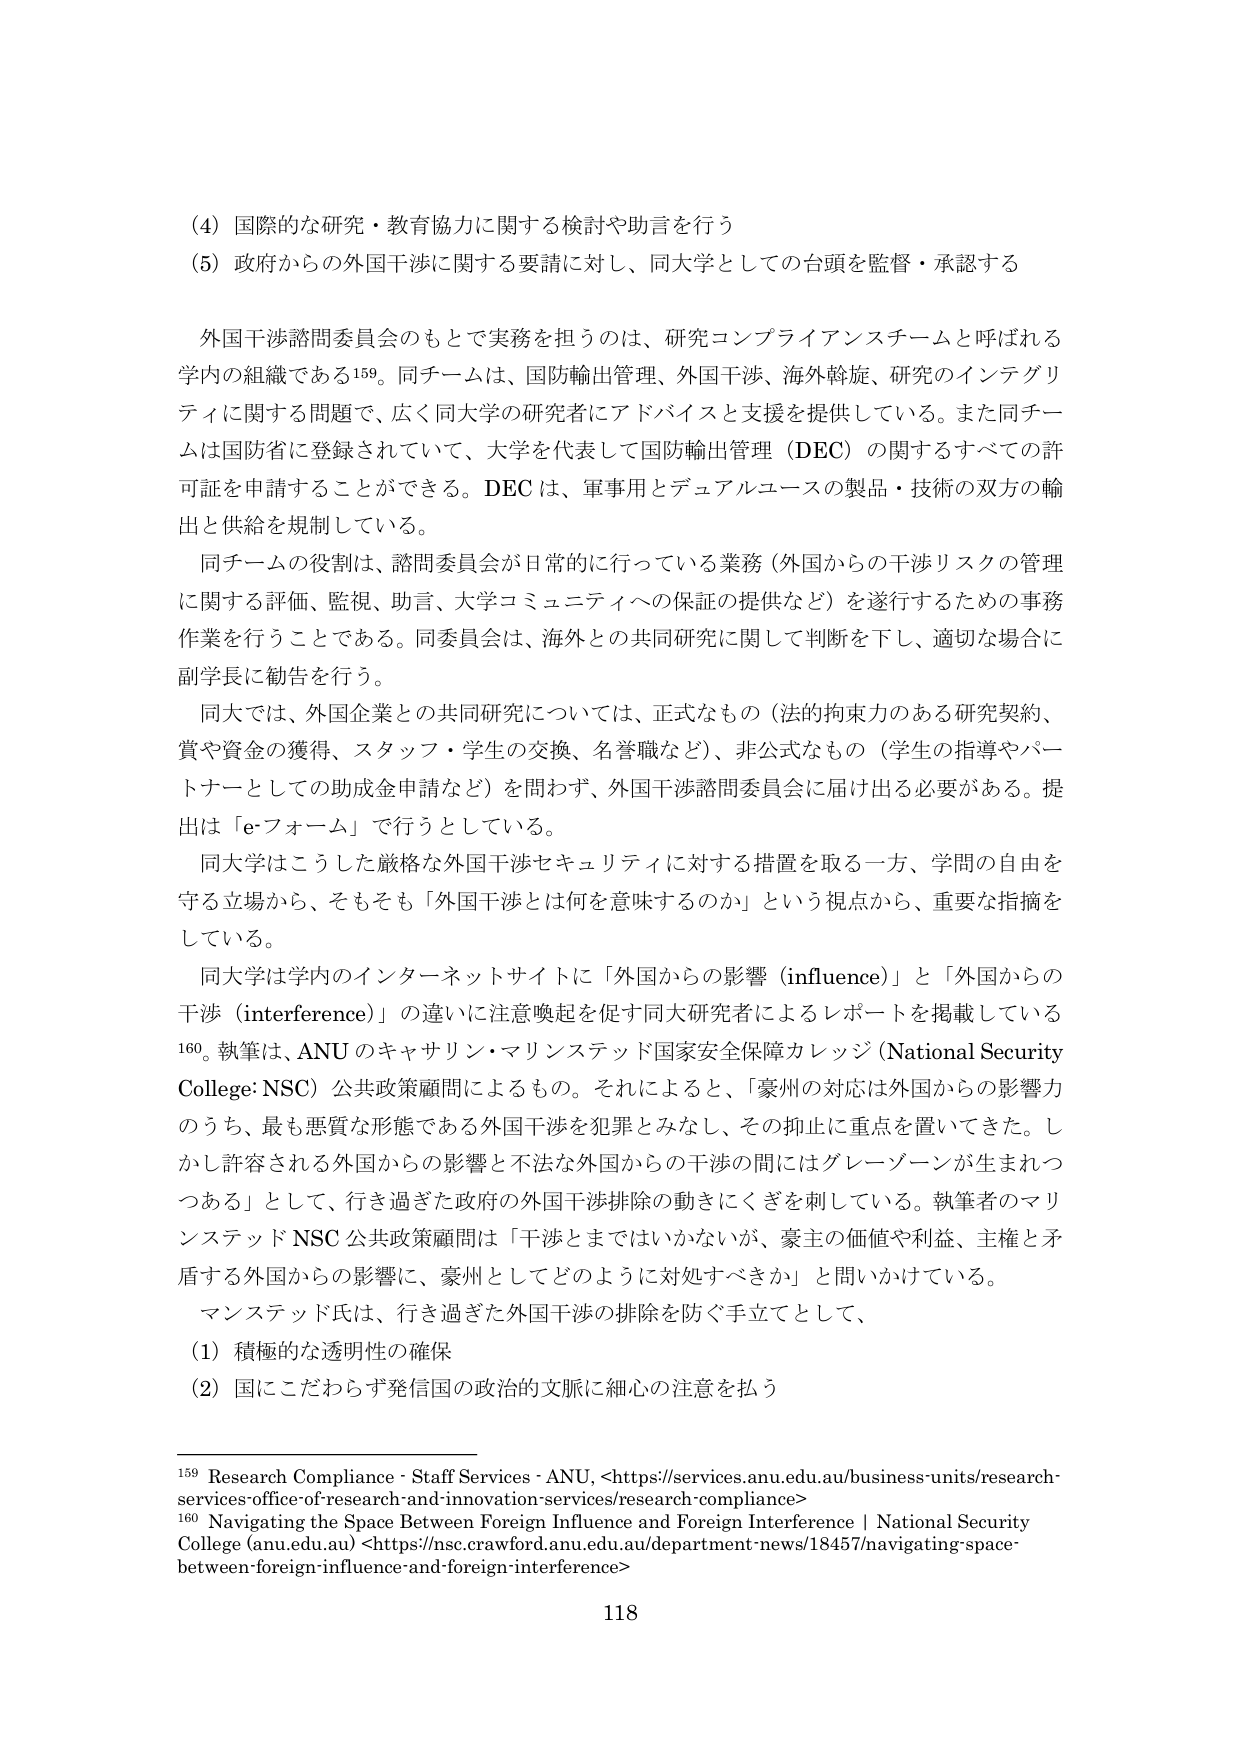
(4) 国際的な研究・教育協力に関する検討や助言を行う
(5) 政府からの外国干渉に関する要請に対し、同大学としての台頭を監督・承認する

外国干渉諮問委員会のもとで実務を担うのは、研究コンプライアンスチームと呼ばれる学内の組織である¹⁵⁹。同チームは、国防輸出管理、外国干渉、海外斡旋、研究のインテグリティに関する問題で、広く同大学の研究者にアドバイスと支援を提供している。また同チームは国防省に登録されていて、大学を代表して国防輸出管理（DEC）の関するすべての許可証を申請することができる。DECは、軍事用とデュアルユースの製品・技術の双方の輸出と供給を規制している。

同チームの役割は、諮問委員会が日常的に行っている業務（外国からの干渉リスクの管理に関する評価、監視、助言、大学コミュニティへの保証の提供など）を遂行するための事務作業を行うことである。同委員会は、海外との共同研究に関して判断を下し、適切な場合に副学長に勧告を行う。

同大では、外国企業との共同研究については、正式なもの（法的拘束力のある研究契約、賞や資金の獲得、スタッフ・学生の交換、名誉職など）、非公式なもの（学生の指導やパートナーとしての助成金申請など）を問わず、外国干渉諮問委員会に届け出る必要がある。提出は「e-フォーム」で行うとしている。

同大学はこうした厳格な外国干渉セキュリティに対する措置を取る一方、学問の自由を守る立場から、そもそも「外国干渉とは何を意味するのか」という視点から、重要な指摘をしている。

同大学は学内のインターネットサイトに「外国からの影響（influence）」と「外国からの干渉（interference）」の違いに注意喚起を促す同大研究者によるレポートを掲載している¹⁶⁰。執筆は、ANUのキャサリン・マリンステッド国家安全保障カレッジ（National Security College: NSC）公共政策顧問によるもの。それによると、「豪州の対応は外国からの影響力のうち、最も悪質な形態である外国干渉を犯罪とみなし、その抑止に重点を置いてきた。しかし許容される外国からの影響と不法な外国からの干渉の間にはグレーゾーンが生まれつつある」として、行き過ぎた政府の外国干渉排除の動きにくぎを刺している。執筆者のマリンステッドNSC公共政策顧問は「干渉とまではいかないが、豪主の価値や利益、主権と矛盾する外国からの影響に、豪州としてどのように対処すべきか」と問いかけている。

マンステッド氏は、行き過ぎた外国干渉の排除を防ぐ手立てとして、
(1) 積極的な透明性の確保
(2) 国にこだわらず発信国の政治的文脈に細心の注意を払う

¹⁵⁹ Research Compliance - Staff Services - ANU, <https://services.anu.edu.au/business-units/research-services-office-of-research-and-innovation-services/research-compliance>
¹⁶⁰ Navigating the Space Between Foreign Influence and Foreign Interference | National Security College (anu.edu.au) <https://nsc.crawford.anu.edu.au/department-news/18457/navigating-space-between-foreign-influence-and-foreign-interference>

118